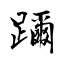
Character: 躎